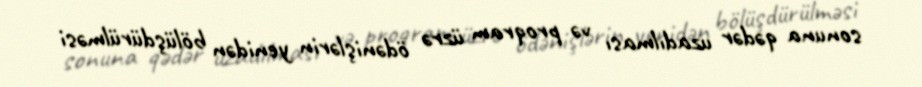
sonuna qədər uzadılması və proqram üzrə ödənişlərin yenidən bölüşdürülməsi